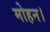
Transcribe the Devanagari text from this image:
मोहन।